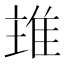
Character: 𨾨